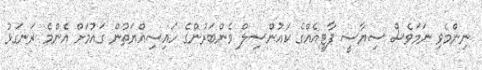
ނިންމެވި ނަމަވެސް ސިޔާސީ ޕާޓީއެއްގެ ކައުންސިލް މެންބަރުންގެ ހައިސިއްޔަތުން ގައުމަށް އެންމެ ރަނގަޅު